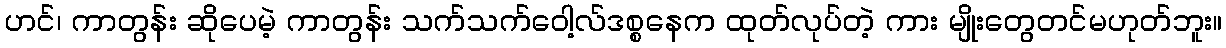
ဟင်၊ ကာတွန်း ဆိုပေမဲ့ ကာတွန်း သက်သက်ဝေါ့လ်ဒစ္စနေက ထုတ်လုပ်တဲ့ ကား မျိုးတွေတင်မဟုတ်ဘူး။